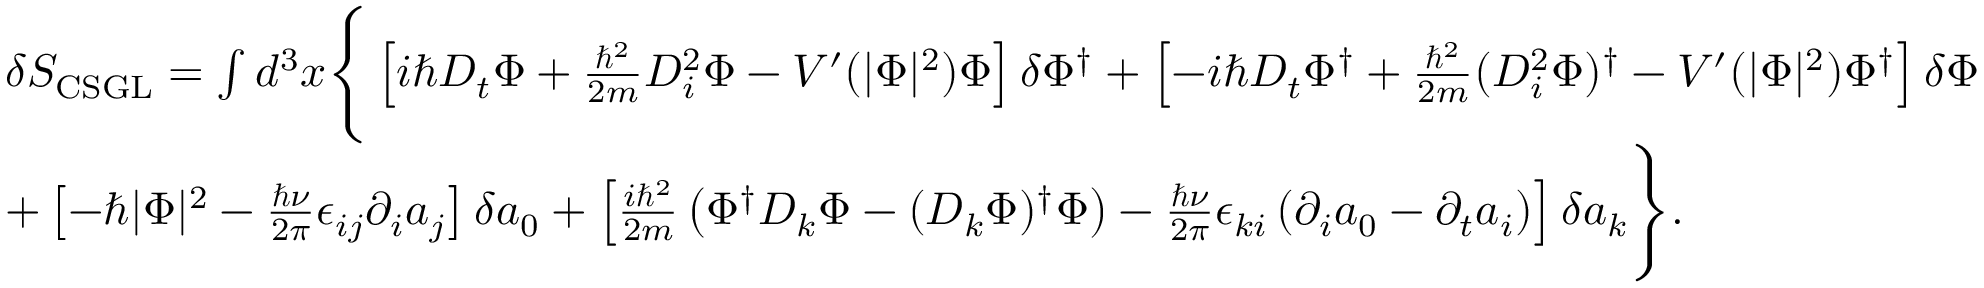
\begin{array} { r l } & { \delta S _ { \mathrm { C S G L } } = \int d ^ { 3 } x \Bigg \{ \left[ i \hbar D _ { t } \Phi + \frac { \hbar ^ { 2 } } { 2 m } D _ { i } ^ { 2 } \Phi - V ^ { \prime } ( | \Phi | ^ { 2 } ) \Phi \right] \delta \Phi ^ { \dagger } + \left[ - i \hbar D _ { t } \Phi ^ { \dagger } + \frac { \hbar ^ { 2 } } { 2 m } ( D _ { i } ^ { 2 } \Phi ) ^ { \dagger } - V ^ { \prime } ( | \Phi | ^ { 2 } ) \Phi ^ { \dagger } \right] \delta \Phi } \\ & { + \left[ - \hbar | \Phi | ^ { 2 } - \frac { \hbar \nu } { 2 \pi } \epsilon _ { i j } \partial _ { i } a _ { j } \right] \delta a _ { 0 } + \left[ \frac { i \hbar ^ { 2 } } { 2 m } \left( \Phi ^ { \dagger } D _ { k } \Phi - ( D _ { k } \Phi ) ^ { \dagger } \Phi \right) - \frac { \hbar \nu } { 2 \pi } \epsilon _ { k i } \left( \partial _ { i } a _ { 0 } - \partial _ { t } a _ { i } \right) \right] \delta a _ { k } \Bigg \} . } \end{array}